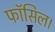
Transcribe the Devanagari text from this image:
फॉसिल।